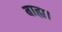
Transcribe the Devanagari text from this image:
बाह्य।